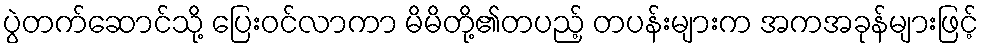
ပွဲတက်ဆောင်သို့ ပြေးဝင်လာကာ မိမိတို့၏တပည့် တပန်းများက အကအခုန်များဖြင့်